Cholera in southern India
Disease focus: Cholera
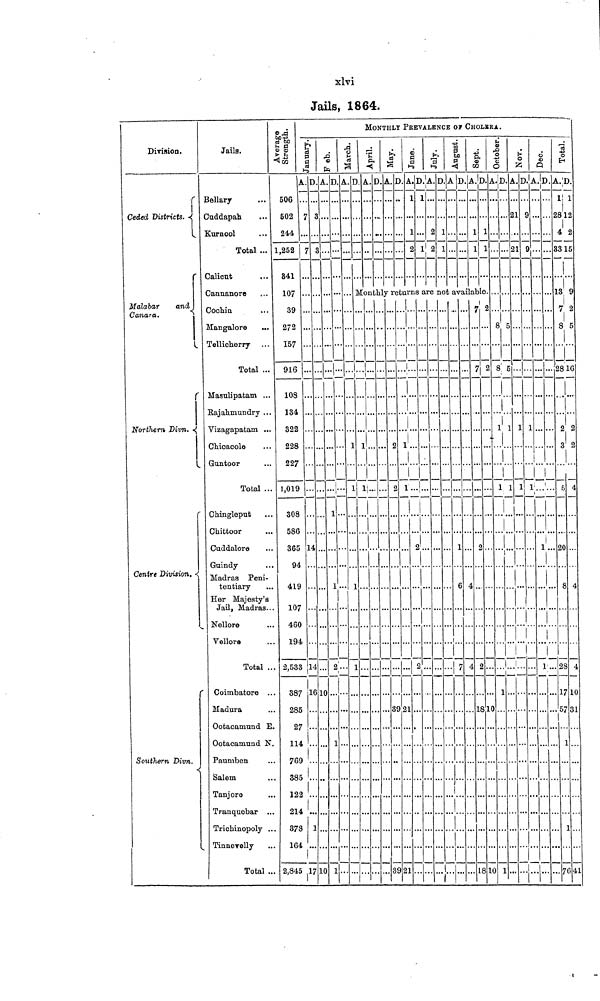
xlvi
Jails, 1864.
Divinion.
Ceded Districts.
Malabar and
Canara.
Northern Divn.
Centre Division.
Southern Divn.
Jails.
Bellary
Guddapah
Kurnool
Total
Calient
Cannanore
Cochin
Mangalore
Telliclierry
Total
Masulipatam
Rajahmundry
Vizagapatam
Chicacole
Guntoor
Total
Chingleput
Chittoor
Cuddalore
Guindy
Madras Peni-
tentiary
Her Majesty' s
Jail, Madras.
Nellore
Vellora
Total .
Coimbatore
Madura
Ootacamund E.
Ootacamund N
Pauniben
Salem
Tanjore
Tranquobar .
Trichinopoly .
Tinnerelly
Total .
Average Strength.
506
502
244
1, 252
341
107
39
272
157
916
108
134
322
228
227
1, 019
308
586
365
94
419
107
460
194
2, 533
387
285
27
114
769
385
IS
21
.. 37
I G
2, 845
MONTHLY PREVALENCE OF CHOLERA.
January.
A.
7
7
14
7
,2
4
S
4
17
D.
3
3
10
Feb.
A.
••
1
1
2
10
1
1
D.
March.
A.
1
1
1
1
D.
April.
A.D.
May.
A.D.
June.
A.
1
1
2
D.
1
1
July.
A.
2
D.
1
1
August.
AD.
Sept.
A.
1
1
D.
1
1
Monthly returns are not available
1
1
2
2
39
39
1
1
21
1
2
2
1
6
7
1
4
4
18
7
7
2
2
10
18
2
2
10
October.
A.
8
8
1
1
1
1
D.
5
5
1
1
Nov.
A.
21
21
1
1
D.
9
9
1
1
Dec.
A.
1
1
D.
Total
A.
1
28
4
33
13
7
8
28
2
3
5
20
8
28
17
57
1
76
D.
1
12
2
15
9
2
5
16
2
2
4
4
4
10
31
41